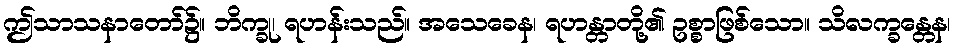
ဤသာသနာတော်၌။ ဘိက္ခု၊ ရဟန်းသည်။ အသေခေန၊ ရဟန္တာတို့၏ ဥစ္စာဖြစ်သော။ သိလက္ခန္တေန၊